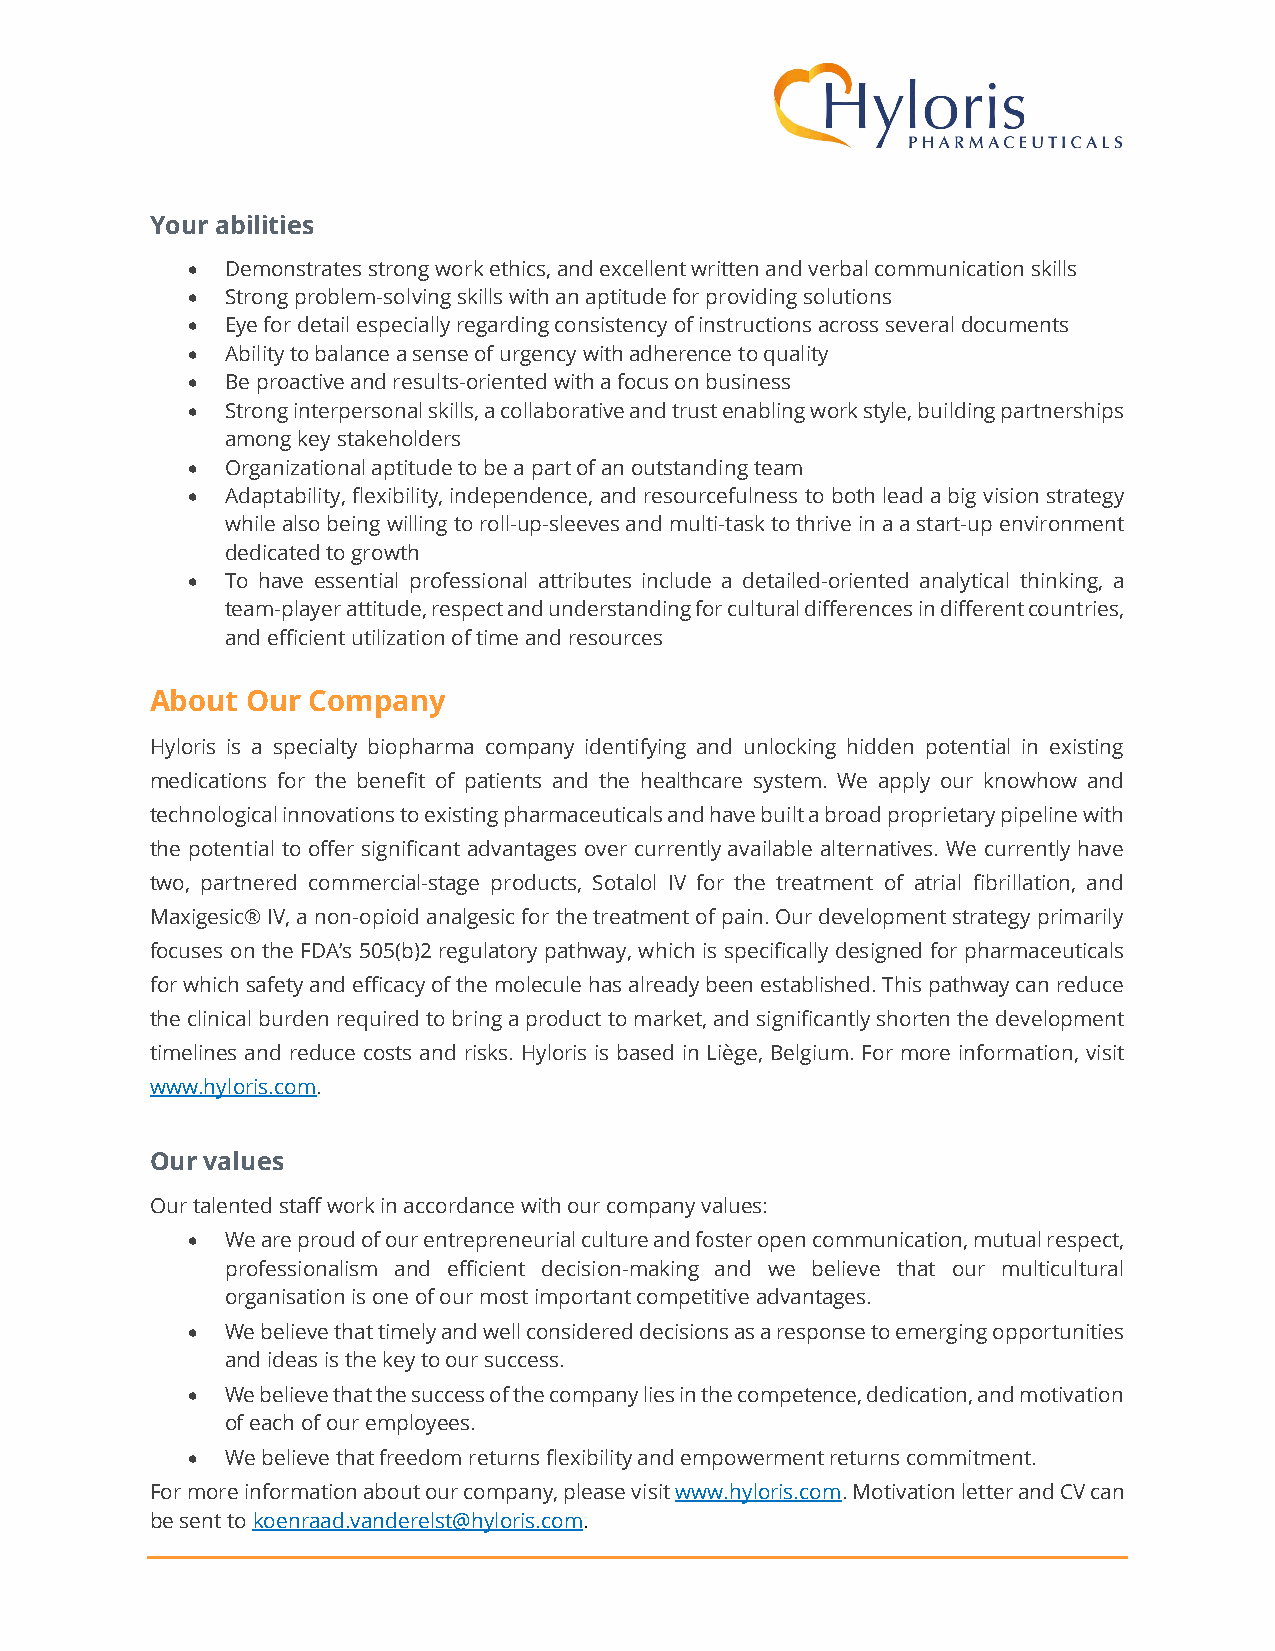
Your abilities
   Demonstrates strong work ethics, and excellent written and verbal communication skills
   Strong problem-solving skills with an aptitude for providing solutions
   Eye for detail especially regarding consistency of instructions across several documents
   Ability to balance a sense of urgency with adherence to quality
   Be proactive and results-oriented with a focus on business
   Strong interpersonal skills, a collaborative and trust enabling work style, building partnerships
 among key stakeholders
   Organizational aptitude to be a part of an outstanding team
   Adaptability, flexibility, independence, and resourcefulness to both lead a big vision strategy
 while also being willing to roll-up-sleeves and multi-task to thrive in a a start-up environment
 dedicated to growth
   To have essential professional attributes include a detailed-oriented analytical thinking, a
 team-player attitude, respect and understanding for cultural differences in different countries,
 and efficient utilization of time and resources
 About Our Company
 Hyloris is a specialty biopharma company identifying and unlocking hidden potential in existing
 medications for the benefit of patients and the healthcare system. We apply our knowhow and
 technological innovations to existing pharmaceuticals and have built a broad proprietary pipeline with
 the potential to offer significant advantages over currently available alternatives. We currently have
 two, partnered commercial-stage products, Sotalol IV for the treatment of atrial fibrillation, and
 Maxigesic® IV, a non-opioid analgesic for the treatment of pain. Our development strategy primarily
 focuses on the FDA’s 505(b)2 regulatory pathway, which is specifically designed for pharmaceuticals
 for which safety and efficacy of the molecule has already been established. This pathway can reduce
 the clinical burden required to bring a product to market, and significantly shorten the development
 timelines and reduce costs and risks. Hyloris is based in Liège, Belgium. For more information, visit
 www.hyloris.com.
 Our values
 Our talented staff work in accordance with our company values:
   We are proud of our entrepreneurial culture and foster open communication, mutual respect,
 professionalism and efficient decision-making and we believe that our multicultural
 organisation is one of our most important competitive advantages.
   We believe that timely and well considered decisions as a response to emerging opportunities
 and ideas is the key to our success.
   We believe that the success of the company lies in the competence, dedication, and motivation
 of each of our employees.
   We believe that freedom returns flexibility and empowerment returns commitment.
 For more information about our company, please visit www.hyloris.com. Motivation letter and CV can
 be sent to koenraad.vanderelst@hyloris.com.